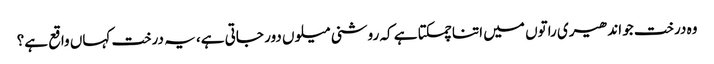
وہ درخت جو اندھیری راتوں میں اتنا چمکتا ہے کہ روشنی میلوں دور جاتی ہے، یہ درخت کہاں واقع ہے؟